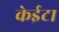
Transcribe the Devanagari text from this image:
केईटा